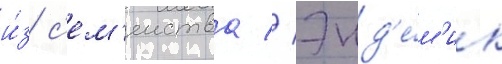
и́з с'ем'еиства // Энд'е́м'ик